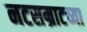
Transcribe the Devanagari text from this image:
नटसम्राटच्या